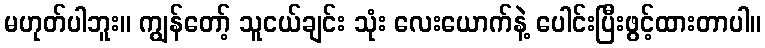
မဟုတ်ပါဘူး။ ကျွန်တော့် သူငယ်ချင်း သုံး လေးယောက်နဲ့ ပေါင်းပြီးဖွင့်ထားတာပါ။